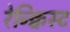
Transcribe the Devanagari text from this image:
रेन्क्विस्ट